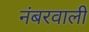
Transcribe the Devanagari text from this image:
नंबरवाली